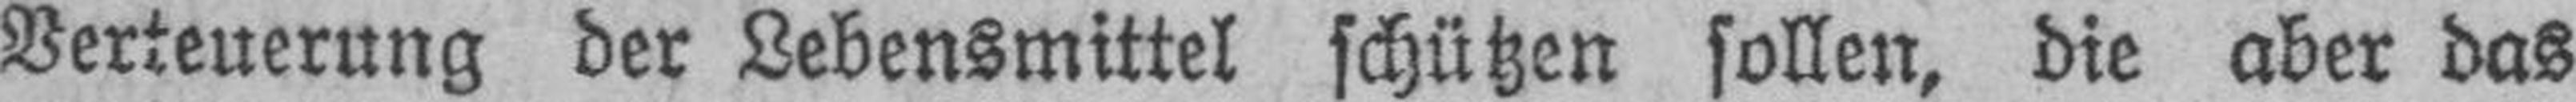
Verteuerung der Lebensmittel schützen sollen, die aber das